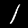
Label: 1